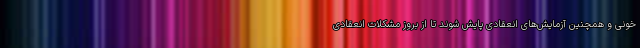
خونی و همچنین آزمایش‌های انعقادی پایش شوند تا از بروز مشکلات انعقادی